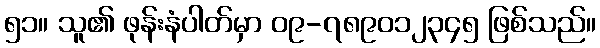
၅၁။ သူ၏ ဖုန်းနံပါတ်မှာ ၀၉-၇၈၉၀၁၂၃၄၅ ဖြစ်သည်။